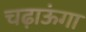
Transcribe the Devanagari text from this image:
चढ़ाऊंगा